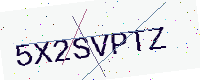
Text: 5X2SVPTZ